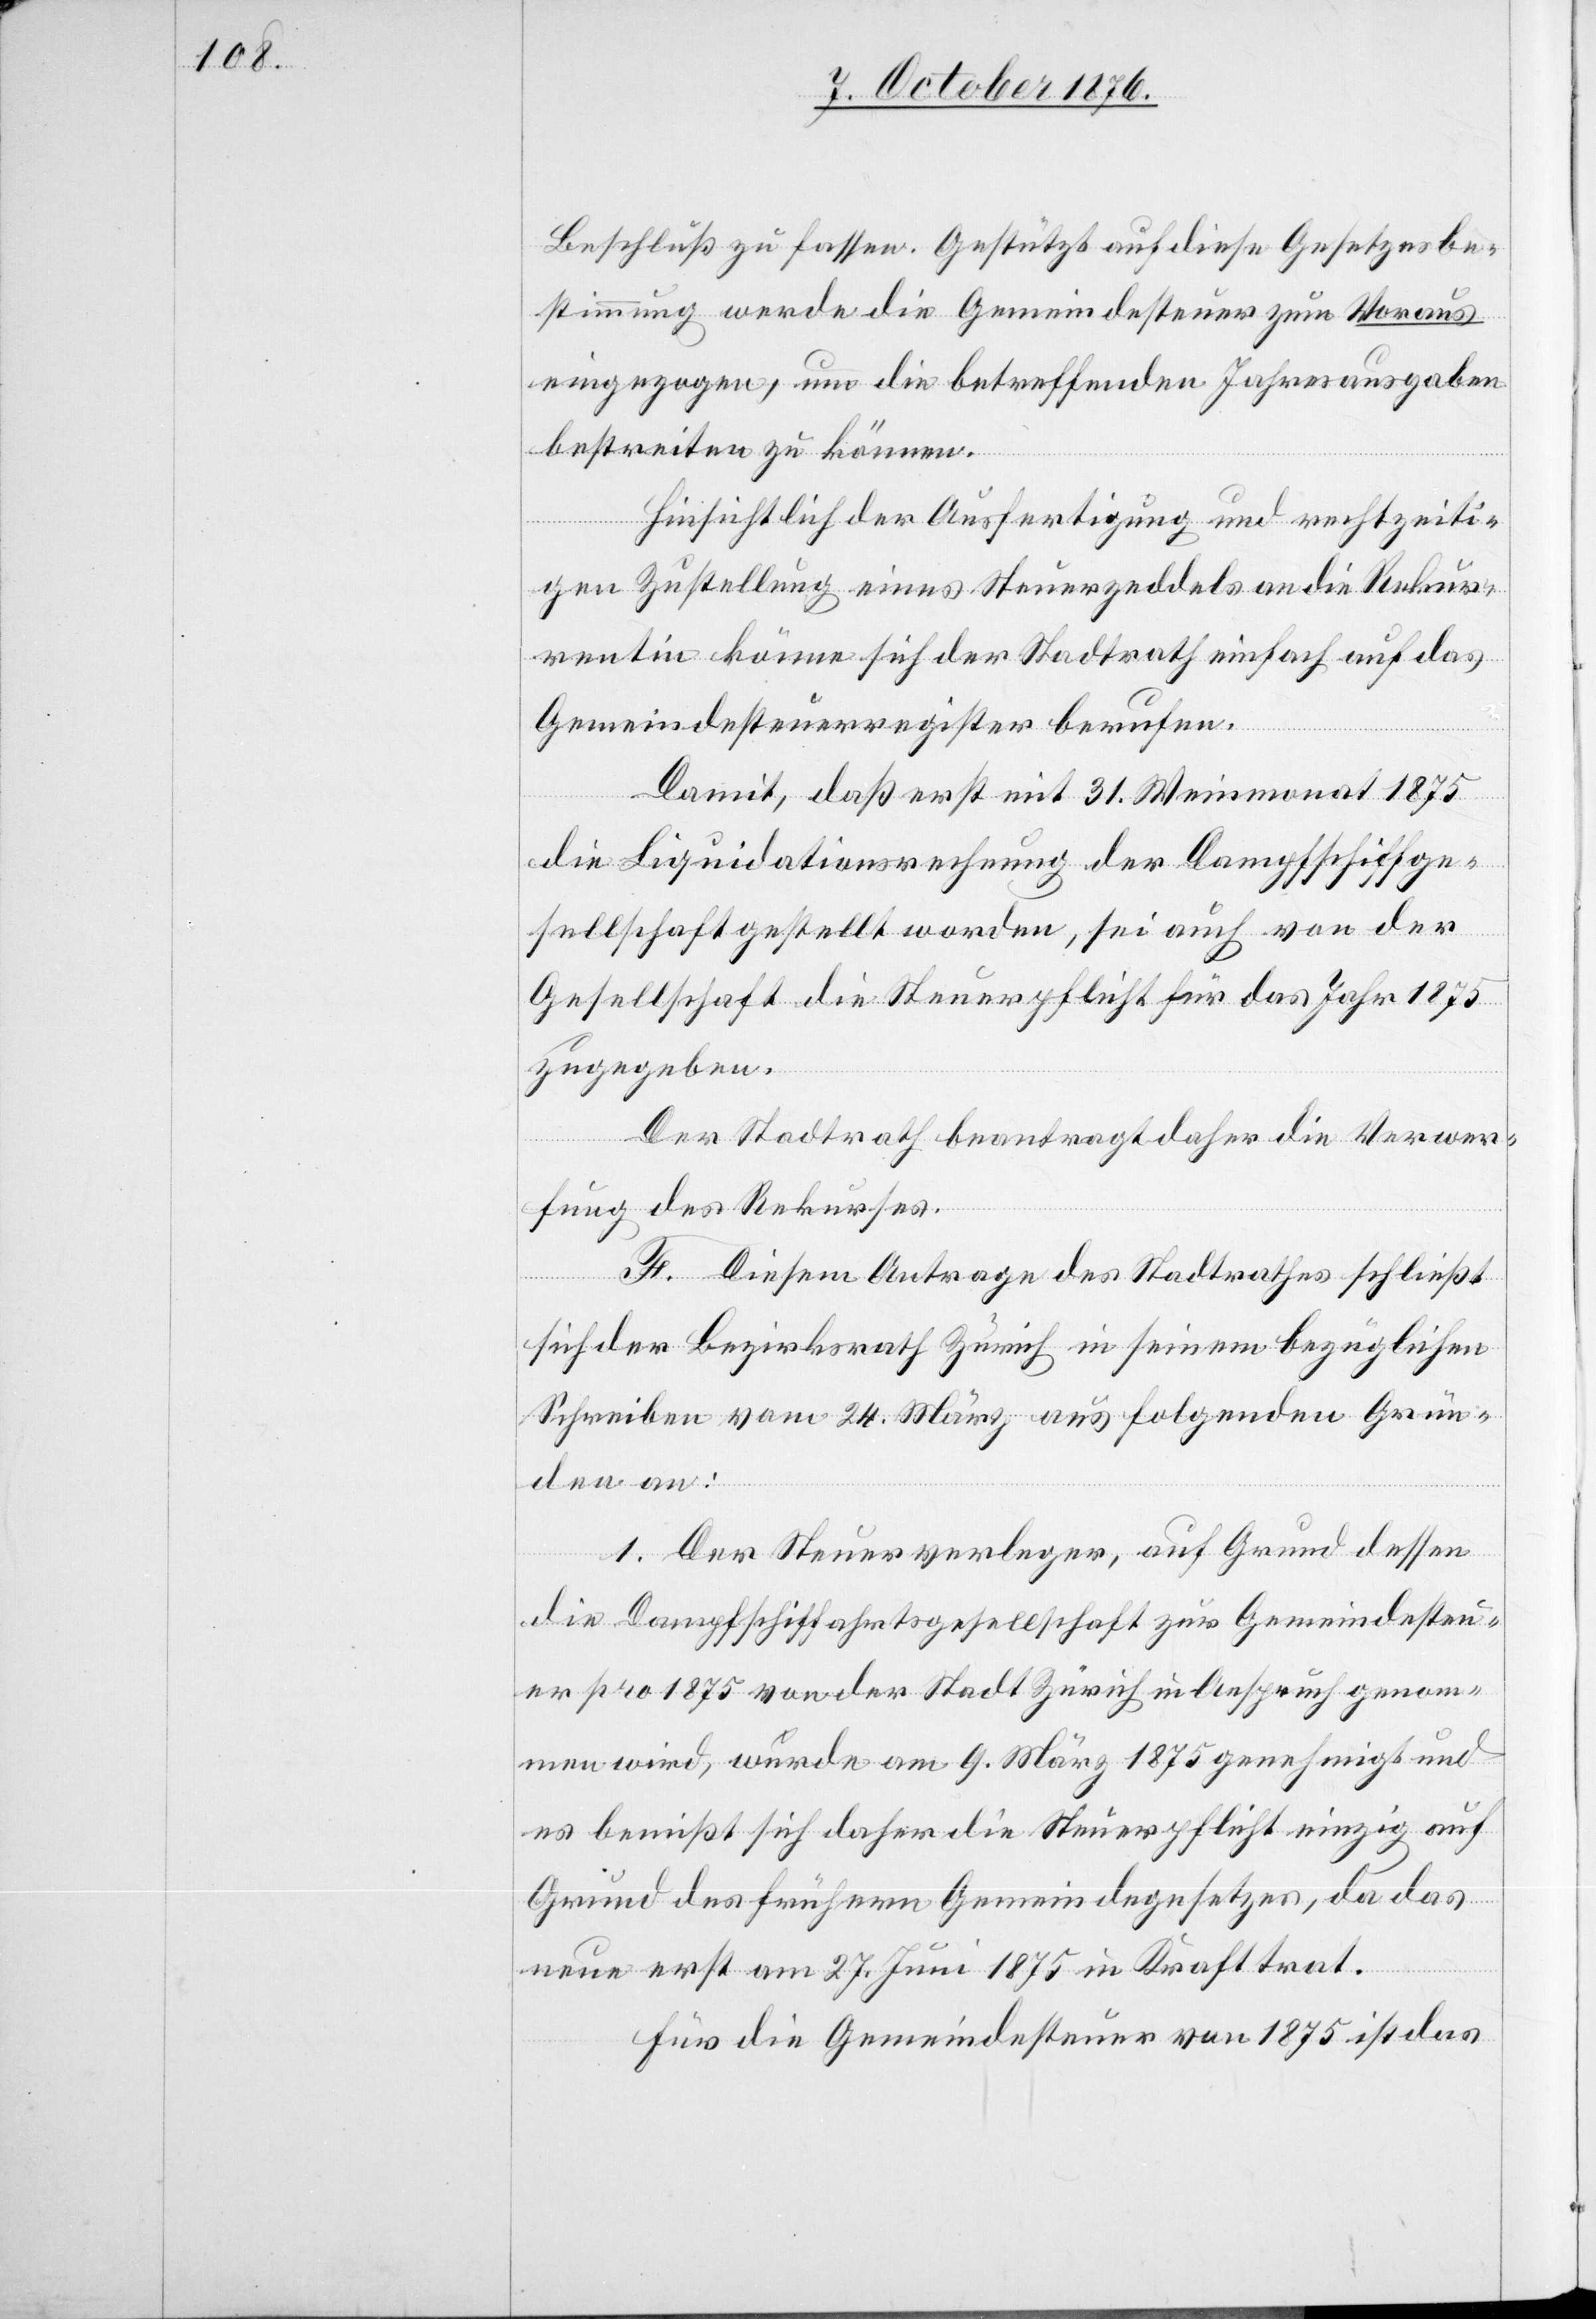
Beschluß zu fassen. Gestützt auf diese Gesetzesbe¬
stimmung werde die Gemeindesteuer zum Voraus
eingezogen, um die betreffenden Jahresausgaben
bestreiten zu können.
Hinsichtlich der Ausfertigung und rechtzeiti¬
gen Zustellung eines Steuerzeddels an die Rekur¬
rentin könne sich der Stadtrath einfach auf das
Gemeindesteuerregister berufen.
Damit, daß erst mit 31. Weinmonat 1875
die Liquidationsrechnung der Dampfschiffge¬
sellschaft gestellt worden, sei auch von der
Gesellschaft die Steuerpflicht für das Jahr 1875
zugegeben.
Der Stadtrath beantragt daher die Verwer¬
fung des Rekurses.
F. Diesem Antrage des Stadtrathes schließt
sich der Bezirksrath Zürich in seinem bezüglichen
Schreiben vom 24. März aus folgenden Grün¬
den an:
1. Der Steuerverleger, auf Grund dessen
die Dampfschiffahrtsgesellschaft zur Gemeindesteu¬
er pro 1875 von der Stadt Zürich in Anspruch genom¬
men wird, wurde am 9. März 1875 genehmigt und
es bemißt sich daher die Steuerpflicht einzig auf
Grund des frühern Gemeindegesetzes, da das
neue erst am 27. Juni 1875 in Kraft trat.
Für die Gemeindesteuer von 1875 ist das